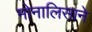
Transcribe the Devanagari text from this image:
मोनालिसाने